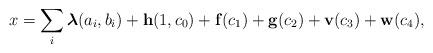
LaTeX: \begin{align*}x&=\sum_i\boldsymbol{\lambda}(a_i,b_i)+\mathbf{h}(1,c_0)+\mathbf{f}(c_1)+\mathbf{g}(c_2)+\mathbf{v}(c_3)+\mathbf{w}(c_4),\end{align*}